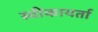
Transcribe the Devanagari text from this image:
स्वीकायर्ता